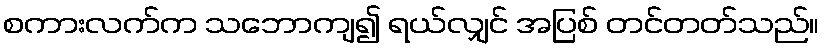
စကားလက်က သဘောကျ၍ ရယ်လျှင် အပြစ် တင်တတ်သည်။